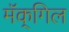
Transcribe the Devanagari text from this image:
मॅक्‌गिल